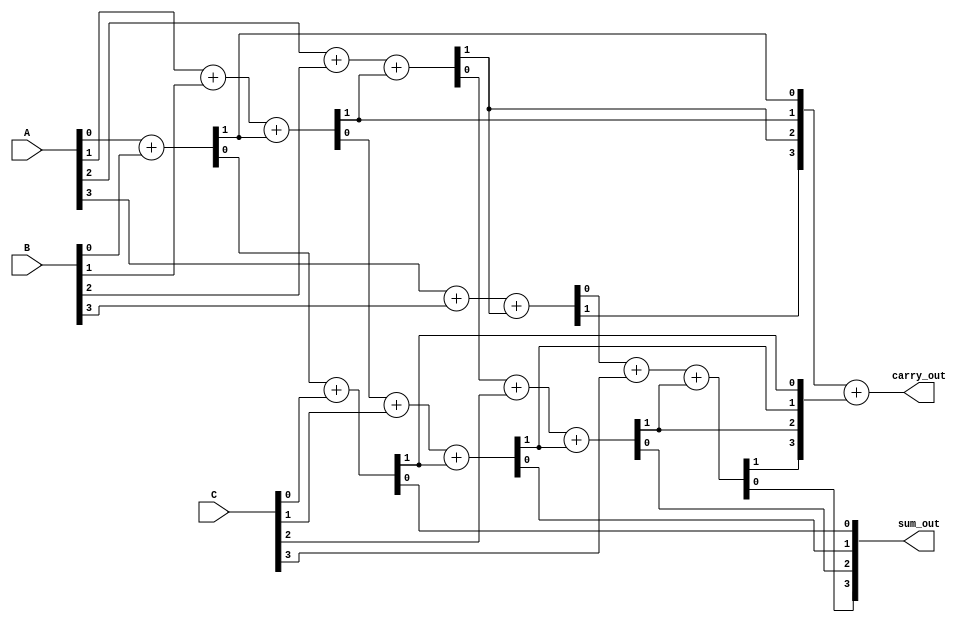
module carry_save_adder(
    input  [3:0] A,
    input  [3:0] B,
    input  [3:0] C,
    output [3:0] sum_out,
    output [3:0] carry_out
);
    wire [3:0] sum1, sum2;
    wire [3:0] carry1, carry2;

    // Stage 1: Full Adders combining A and B
    assign {carry1[0], sum1[0]} = A[0] + B[0];
    assign {carry1[1], sum1[1]} = A[1] + B[1] + carry1[0];
    assign {carry1[2], sum1[2]} = A[2] + B[2] + carry1[1];
    assign {carry1[3], sum1[3]} = A[3] + B[3] + carry1[2];

    // Stage 2: Full Adders combining the result of Stage 1 and C
    assign {carry2[0], sum2[0]} = sum1[0] + C[0];
    assign {carry2[1], sum2[1]} = sum1[1] + C[1] + carry2[0];
    assign {carry2[2], sum2[2]} = sum1[2] + C[2] + carry2[1];
    assign {carry2[3], sum2[3]} = sum1[3] + C[3] + carry2[2];

    // Final output
    assign sum_out = sum2;
    assign carry_out = carry1 + carry2;

endmodule